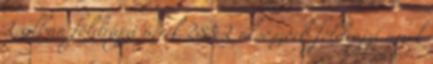
L albán földrajzi nevek‎ 283 L alsószorb földrajzi nevek‎